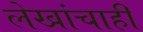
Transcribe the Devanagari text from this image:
लेखांचाही